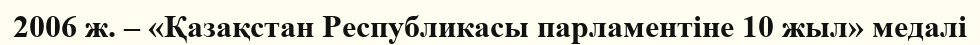
2006 ж. – «Қазақстан Республикасы парламентіне 10 жыл» медалі